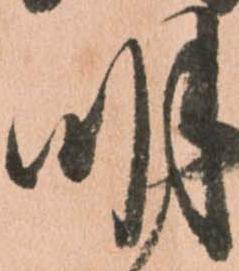
明